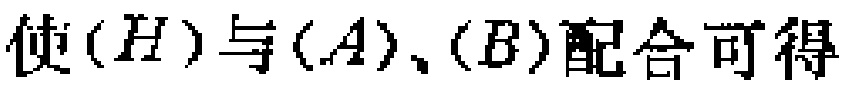
使\((H)\)与\((A)\)、\((B)\)配合可得